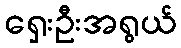
ရှေးဦးအရွယ်